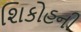
શિકોહની